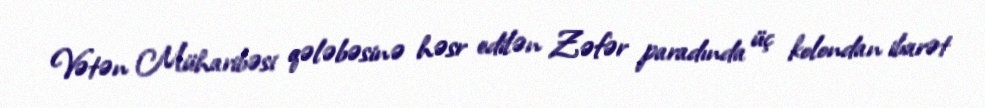
Vətən Müharibəsi qələbəsinə həsr edilən Zəfər paradında üç kolondan ibarət